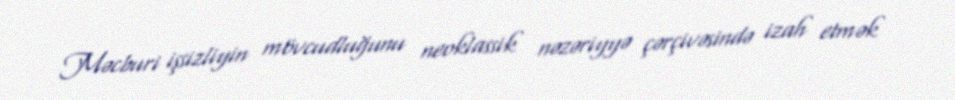
Məcburi işsizliyin mövcudluğunu neoklassik nəzəriyyə çərçivəsində izah etmək